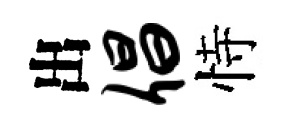
出倡恃